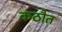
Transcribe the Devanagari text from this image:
कठौत